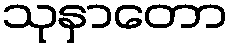
သုနှာတော